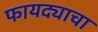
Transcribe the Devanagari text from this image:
फायद्याचा